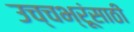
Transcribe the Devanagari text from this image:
उच्चभ्रूंसाठी